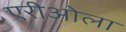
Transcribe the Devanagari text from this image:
एरीओला